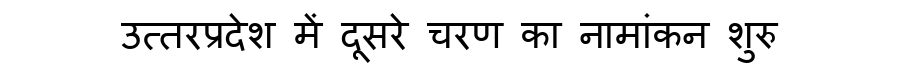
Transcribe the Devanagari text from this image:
उत्तरप्रदेश में दूसरे चरण का नामांकन शुरु